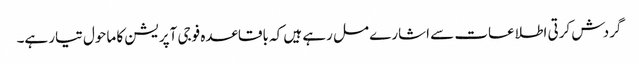
گردش کرتی اطلاعات سے اشارے مل رہے ہیں کہ باقاعدہ فوجی آپریشن کا ماحول تیار ہے۔